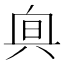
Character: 𠔙